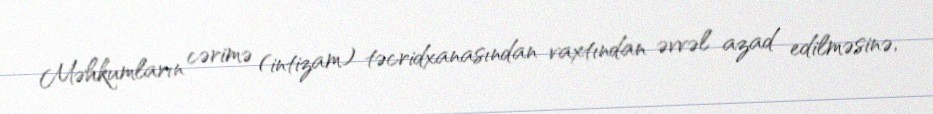
Məhkumların cərimə (intizam) təcridxanasından vaxtından əvvəl azad edilməsinə,